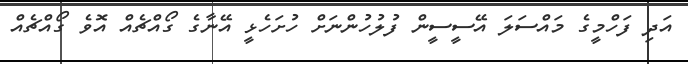
އަދި ފަހްމީގެ މައްސަލަ އޭސީސީން ފުލުހުންނަށް ހުށަހެޅީ އޭނާގެ ގޯއްޗެއް އޮވެ ގޯއްޗެއް